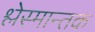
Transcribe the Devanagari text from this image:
श्लेस्मान्तक